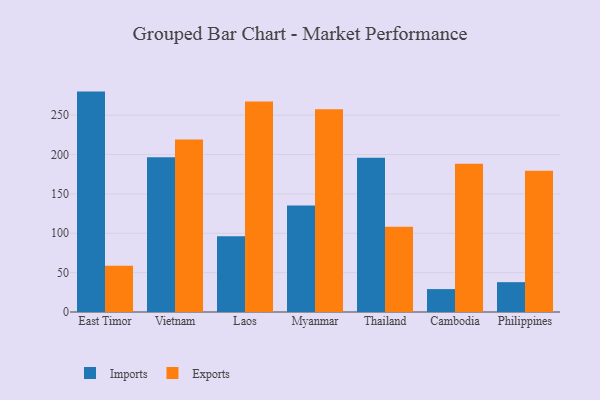
{"axis": {"x": "Country", "y": "LTV (USD)"}, "legend": ["Exports", "Imports"], "data": [{"x": "East Timor", "y": 280.0, "type": "Imports"}, {"x": "East Timor", "y": 58.6, "type": "Exports"}, {"x": "Vietnam", "y": 196.5, "type": "Imports"}, {"x": "Vietnam", "y": 219.3, "type": "Exports"}, {"x": "Laos", "y": 96.1, "type": "Imports"}, {"x": "Laos", "y": 267.4, "type": "Exports"}, {"x": "Myanmar", "y": 135.3, "type": "Imports"}, {"x": "Myanmar", "y": 257.6, "type": "Exports"}, {"x": "Thailand", "y": 195.9, "type": "Imports"}, {"x": "Thailand", "y": 108.2, "type": "Exports"}, {"x": "Cambodia", "y": 29.1, "type": "Imports"}, {"x": "Cambodia", "y": 188.2, "type": "Exports"}, {"x": "Philippines", "y": 37.9, "type": "Imports"}, {"x": "Philippines", "y": 179.6, "type": "Exports"}]}